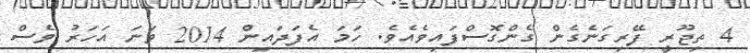
4 ތިޖޫރީ ފޭރިގަނެގެން ގެންގޮސްފައިވެއެވެ. ހަމަ އެފަދައިން 2014 ވަނަ އަހަރު ވެސް